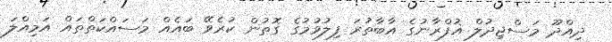
ދިއްދޫ މަސްޖިދުލް ޣުފްރާނުގެ އާބާތުރަ ފިލުވުމުގެ ގޮތުން ކުރެވޭ ބައެއް މަސައްކަތްތައް އަމިއްލަ